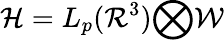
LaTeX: {\mathcal{H}}=L_{p}({\mathcal{R}}^{3}){\bigotimes}{\mathcal{W}}